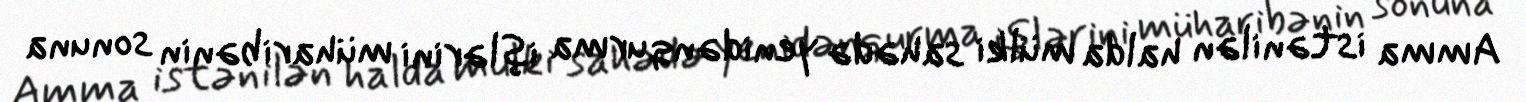
Amma istənilən halda mülki sahədə yenidənqurma işlərini müharibənin sonuna